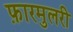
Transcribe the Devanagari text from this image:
फ़ारमुलरी